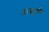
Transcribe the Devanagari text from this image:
महत्वपूर्णण